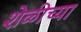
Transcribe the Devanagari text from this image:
शेळीच्या